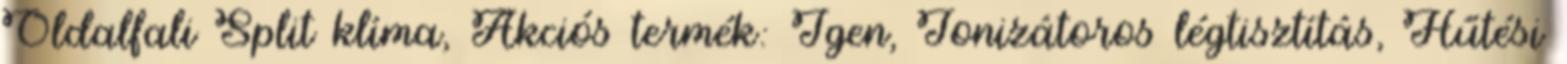
Oldalfali Split klíma, Akciós termék: Igen, Ionizátoros légtisztítás, Hűtési